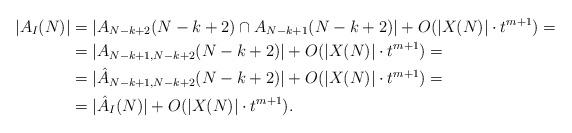
LaTeX: \begin{align*} |A_I(N)|&=|A_{N-k+2}(N-k+2)\cap A_{N-k+1}(N-k+2)|+O(|X(N)|\cdot t^{m+1})=\\ &=|A_{N-k+1,N-k+2}(N-k+2)|+O(|X(N)|\cdot t^{m+1})=\\ &=|\hat{A}_{N-k+1,N-k+2}(N-k+2)|+O(|X(N)|\cdot t^{m+1})=\\ &=|\hat{A}_I(N)|+O(|X(N)|\cdot t^{m+1}). \end{align*}